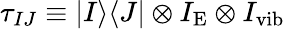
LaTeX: \tau_{IJ}\equiv|I\rangle\langle J|\otimes I_{\mathrm{E}}\otimes I_{\mathrm{vib}}